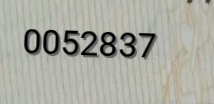
0052837